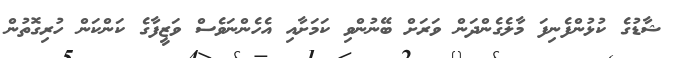
ޝާޑުގެ ކުޅުންފެނިފަ މާލެގެންދަން ވަރަށް ބޭނުންވި ކަމަށާއި އެހެންނަވެސް ވަޒީފާގެ ކަންކަން ހުރިގޮތުން